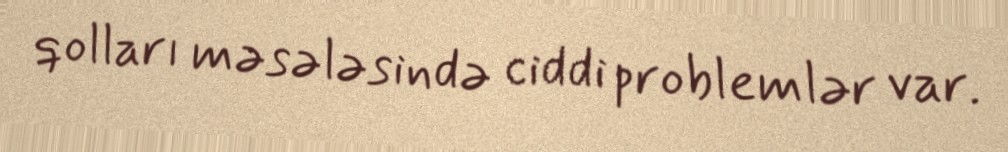
qolları məsələsində ciddi problemlər var.